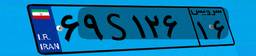
۶۹S۱۲۶۱۶